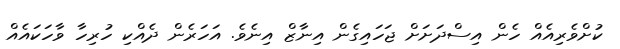
ކުށްވެރިއެއް ހެން އިސްދަށަށް ޖަހައިގެން އިނާޒް އިނެވެ. އަހަރެން ދެއްކި ހުރިހާ ވާހަކައެއް